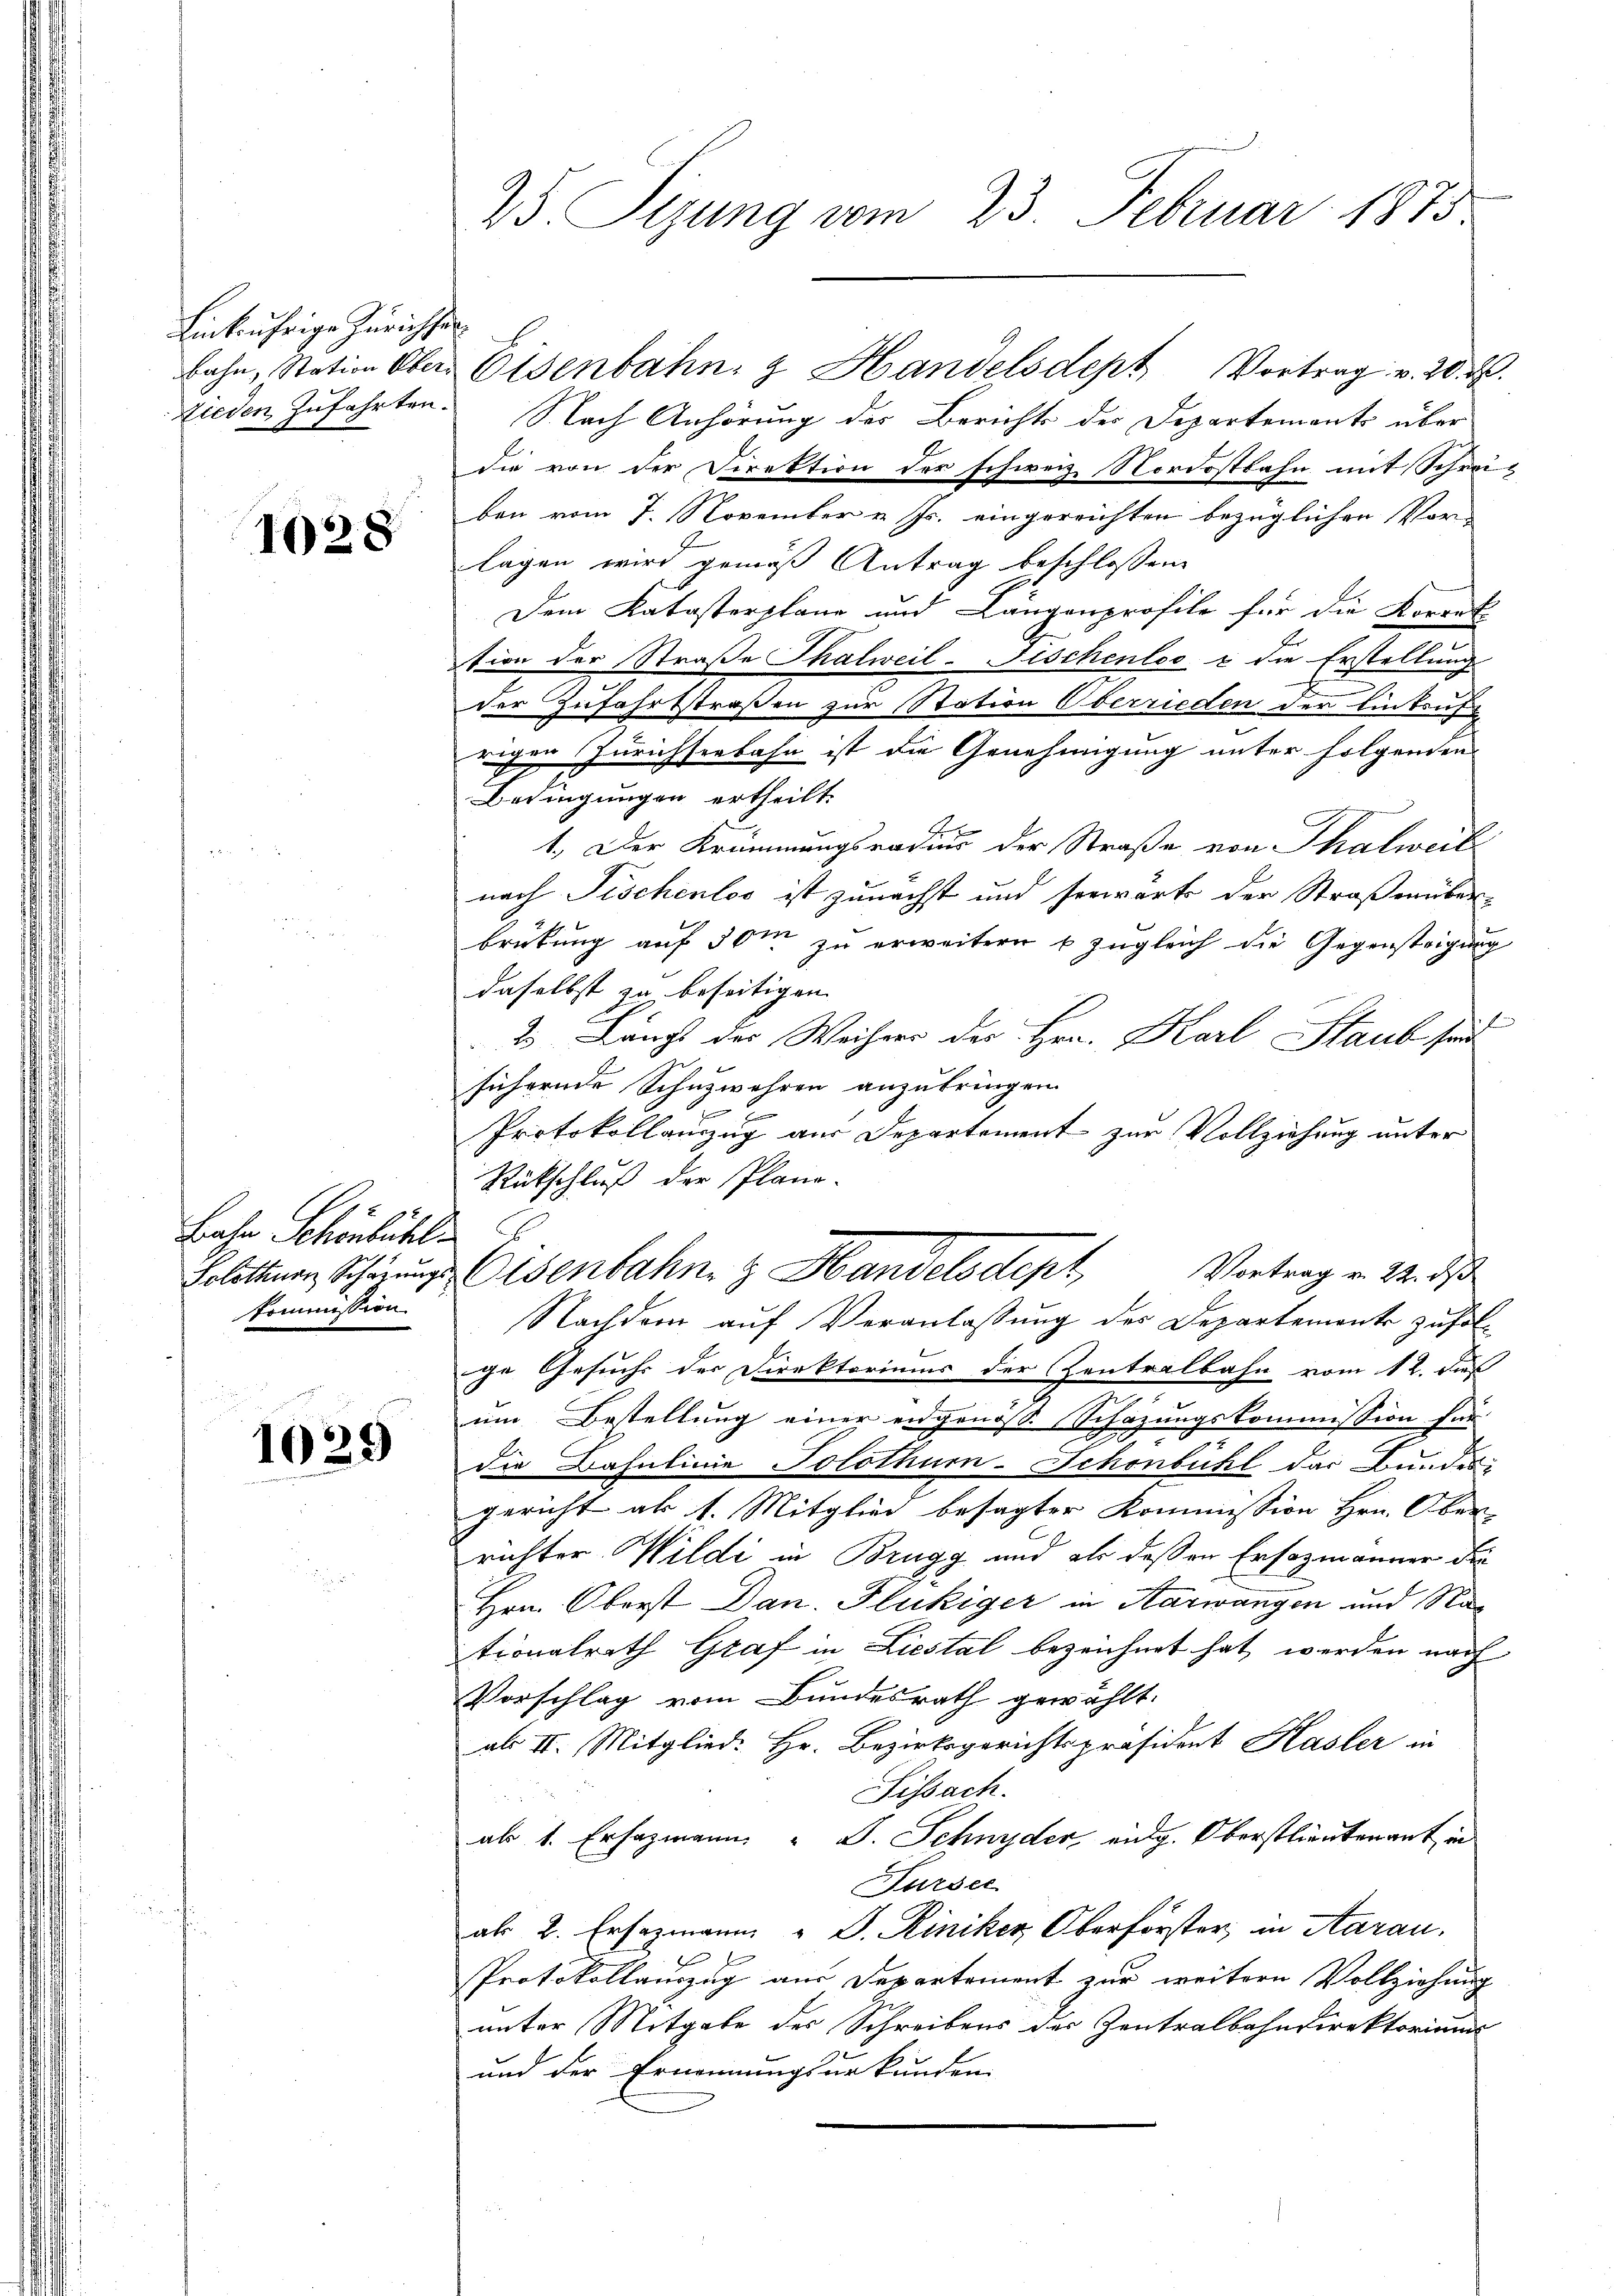
Einbrührige Zürichsen

1028

Bahn Schönbühl.
kommission.

1029

25 Sizung vom 23. Februar 1873.

bahn, Nation Ober Eisenbahn & Handelsdept Vortrag v. 20. d.
Dieden Zufahrten. Nach Anhörung der Berichts des Departements über
die von der Direktion der schweiz. Nordostbahn mit Schreit
ben vom 7. November v. Js. eingereichten bezüglichen Vor-
lagen wird gemäß Antrag beschlossen:
9
Dem Katasterplane und Längenprofile für die Korret
tion der Straße Thalweil- Fischenloo  die Erstellung
der Zufahrtstraßen zur Station Oberrieden der Einkaufe
rigen Zürichseebahn ist die Genehmigung unter folgenden
Bedingungen ertheilt.
.
Be
1.) Der Krümmungsradius der Straße von Thalweil
nach Fischenlos ist zunächst und herwärts der Straßenüber-
brütung auf 50m zu erweitern u. zugleich die Gegensteigung
daselbst zu beseitigen.
2 Längt der Weisers des Hrn. Karl Staub seit
sichernde Schuzwehren anzubringen.
Protokollanzug aus Departement zur Vollziehung unter
Rückschluß der Plano-
Vortrag v. 24. ds
Politium Scherungs Eisenbahn & Handelsdept,
Nachdem auf Veranlassung des Departemente zufolge Gesuchs der Direktoriums der Zentralbahn vom 12. daß
.
um Bestellung einer engenöss. Schazungskommission für
die Bahnlinie Solothurn-Schönbühl das Bundes-
gericht ab 1. Mitglied besagter Kommission Hrn. Ober-
richter Wildi in Brugg und als dessen Ersozmänner die
1
Hrn. Oberst Dan. Flukiger in Harwangen und Nationalrath Graf in Liestal bezeichnet hat, werden nach
Vorschlag vom Bundesrath gewählt.
abs II. Mitglied. Hr. Bezirksgerichtspräsident Hasler in
Sissach.
ab 1. Ersazmann. " J. Schnyder eidg. Oberstlieutenant in
Fursee
als 2. Ersazmann „ D. Reiniker Oberförster, in Aarau
Protokollauszug aus Departement zur weitern Vollziehung
unter Mitgabe des Schreibens der Zentralbahndirektoriums
und der Ernennungsurkunden.